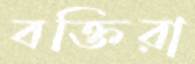
বক্তিরা